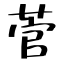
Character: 菅